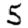
Digit: 5